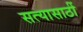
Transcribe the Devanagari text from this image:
सत्यासाठीं